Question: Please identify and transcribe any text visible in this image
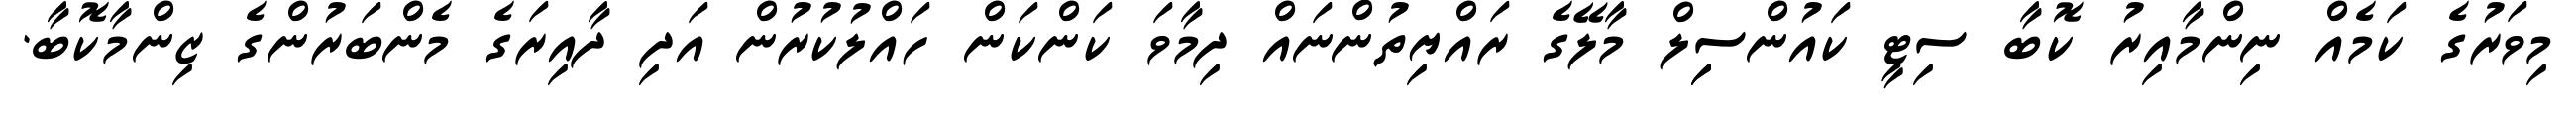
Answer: މިވަރުގެ ކަމެއް ނިންމާއިރު ކޮބާ ސިޓީ ކައުންސިިލް މާލޭގެ ރައްޔިތުންނައް ދިމާވަ ކަންކަން ހައްލުކުރުން އަދި ދާއިރަގެ މެންބަރުންގެ ޒިންމާކޮބާ.